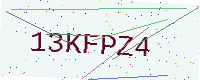
Text: 13KFPZ4